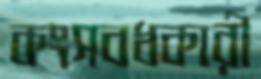
কংসবধকারী